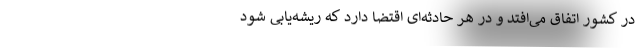
در کشور اتفاق می‌افتد و در هر حادثه‌ای اقتضا دارد که ریشه‌یابی شود